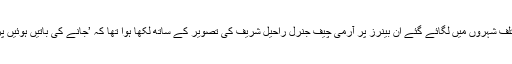
اس جماعت کی جابن سے مختلف شہروں میں لگائے گئے ان بینرز پر آرمی چیف جنرل راحیل شریف کی تصویر کے ساتھ لکھا ہوا تھا کہ ’جانے کی باتیں ہوئیں پرانی خدا کے لیے اب تو آجاو۔